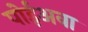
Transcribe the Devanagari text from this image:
पोईअवा